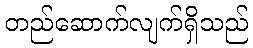
တည်ဆောက်လျက်ရှိသည်